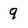
Character: 9